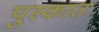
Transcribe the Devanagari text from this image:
पुस्कात